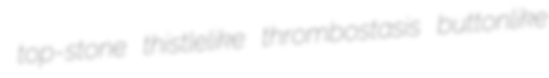
top-stone thistlelike thrombostasis buttonlike